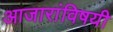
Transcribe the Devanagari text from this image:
आजारांविषयी